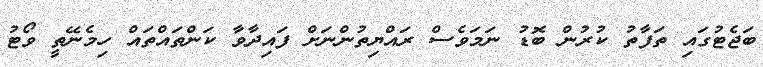
ބަޖެޓުގައި ތަފާތު ކުރުން ބޮޑު ނަމަވެސް ރައްޔިތުންނަށް ފައިދާވާ ކަންތައްތައް ހިމެނޭތީ ވޯޓު